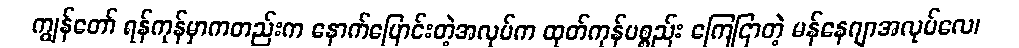
ကျွန်တော် ရန်ကုန်မှာကတည်းက နောက်ပြောင်းတဲ့အလုပ်က ထုတ်ကုန်ပစ္စည်း ကြေငြာတဲ့ မန်နေဂျာအလုပ်လေ၊